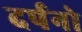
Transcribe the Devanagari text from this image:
दर्पनो